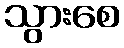
သွားစေ